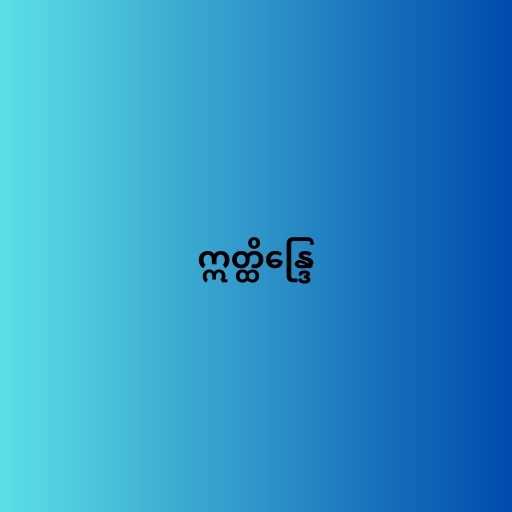
ဣတ္ထိန္ဒြေ